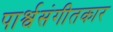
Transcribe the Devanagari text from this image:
पार्श्वसंगीतकार